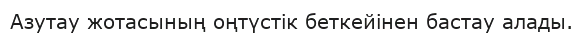
Азутау жотасының оңтүстік беткейінен бастау алады.